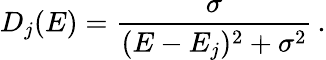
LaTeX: D_{j}(E)=\frac{\sigma}{(E-E_{j})^{2}+\sigma^{2}}\, .